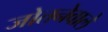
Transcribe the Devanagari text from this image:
जोतनेवाले